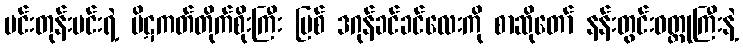
မင်းတုန်းမင်းရဲ့ ပိဋကတ်တိုက်စိုးကြီး မြစ် ဒဂုန်ခင်ခင်လေးကို စာဆိုတော် နန်းတွင်းဝတ္ထုကြီးနဲ့